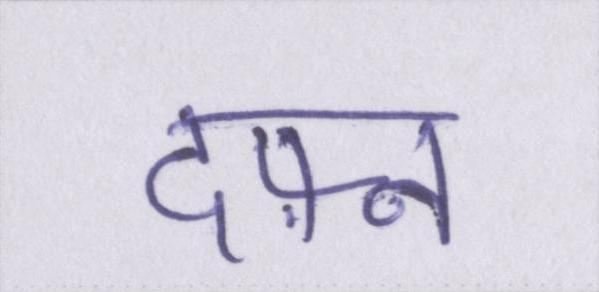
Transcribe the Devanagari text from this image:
दफ़्न